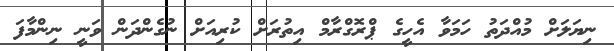
ނިޔަލަށް މުއްދަތު ހަމަވާ އެހީގެ ޕްރޮގްރާމް އިތުރަށް ކުރިއަށް ނުގެންދަން ވަނީ ނިންމާފަ